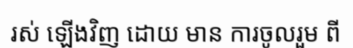
រស់ ឡើងវិញ ដោយ មាន ការចូលរួម ពី